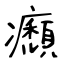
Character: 㿗